Vaccine operations Central Provinces & Berar 1922-1929 - 1922-1929
Year: 1922
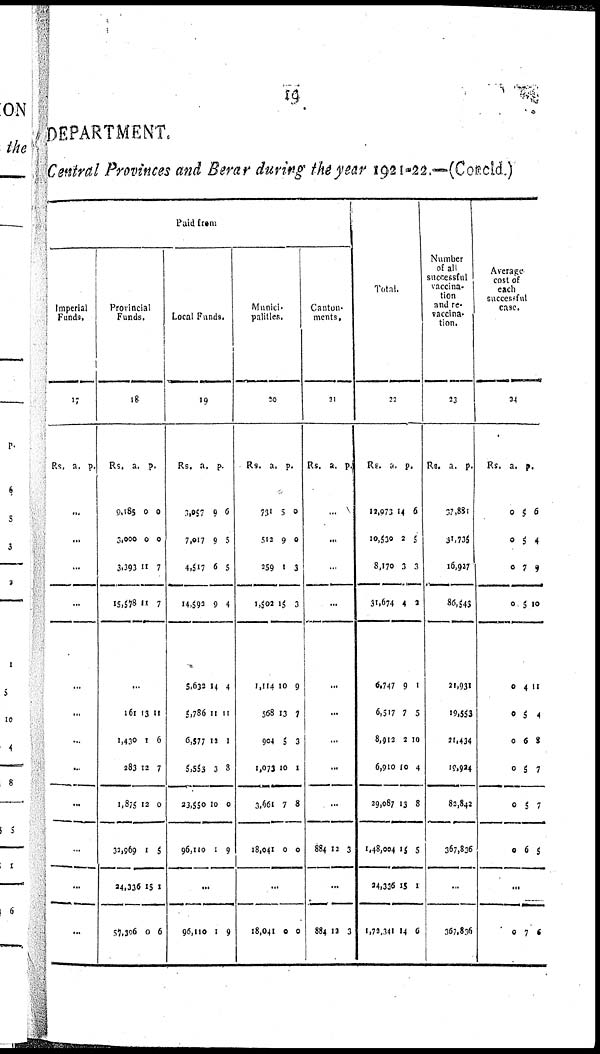
19
DEPARTMENT.
Central Provinces and Berar during the year 1921-22.—(Concld.)
Paid from
Imperial
Funds.
17
Rs. a. p.
...
...
...
...
...
...
...
...
...
...
...
...
Provincial
Funds.
18
Rs.
9,185
3,000
3,393
15,578
a.
0
0
11
11
p.
0
0
7
7
...
161
1,430
283
1,875
32,969
24,336
67,306
13
1
12
12
1
15
0
11
6
7
0
5
1
6
Local Funds.
19
Rs.
3,057
7,017
4,517
14,592
5,632
5,786
6,577
5,553
23,550
96,110
a.
9
9
6
9
14
11
11
3
10
1
p.
6
5
5
4
4
11
1
8
0
9
...
96,110 1 9
Munici¬
palities.
20
Rs.
731
512
259
1,502
1,114
568
904
1,073
3,661
18,041
a.
5
9
1
15
10
13
5
10
7
0
p.
0
0
3
3
9
7
3
1
8
0
...
18,041 0 0
Canton-
ments.
21
Rs. a. p.
...
...
...
...
...
...
...
...
...
884 12 3
...
884 12 3
Total.
22
Rs.
12,073
10,530
8,170
31,674
6,747
6,517
8,912
6,910
29,087
1,48,004
24,336
1,72,341
a.
14
2
3
4
9
7
2
10
13
15
15
14
p.
6
5
3
2
1
5
10
4
8
5
1
6
Number
of all
successful
vaccina¬
tion
and re¬
vaccina¬
tion.
23
Rs. a. p.
37,881
81,735
16,927
86,546
21,931
19,553
21,434
19,924
82,842
367,836
...
367,836
Average
cost of
each
successful
case.
24
Rs.
0
0
0
0
0
0
0
0
0
0
a.
5
5
7
5
4
5
6
5
5
6
p.
6
4
9
10
11
4
8
7
7
5
...
0 7 6